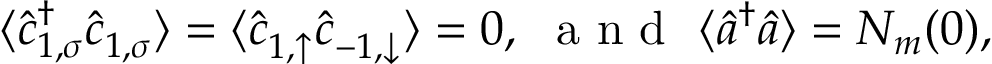
\langle \hat { c } _ { { 1 } , \sigma } ^ { \dagger } \hat { c } _ { { 1 } , \sigma } ^ { \phantom { \dagger } } \rangle = \langle \hat { c } _ { { 1 } , \uparrow } ^ { \phantom { \dagger } } \hat { c } _ { { - 1 } , \downarrow } ^ { \phantom { \dagger } } \rangle = 0 , \ \textnormal { a n d } \ \langle \hat { a } ^ { \dagger } \hat { a } \rangle = N _ { m } ( 0 ) ,